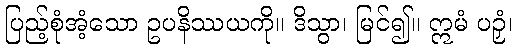
ပြည့်စုံအံ့သော ဥပနိဿယကို။ ဒိသွာ၊ မြင်၍။ ဣမံ ပဉှံ၊